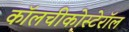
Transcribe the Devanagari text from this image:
कॉलचीकोस्टेरॉल